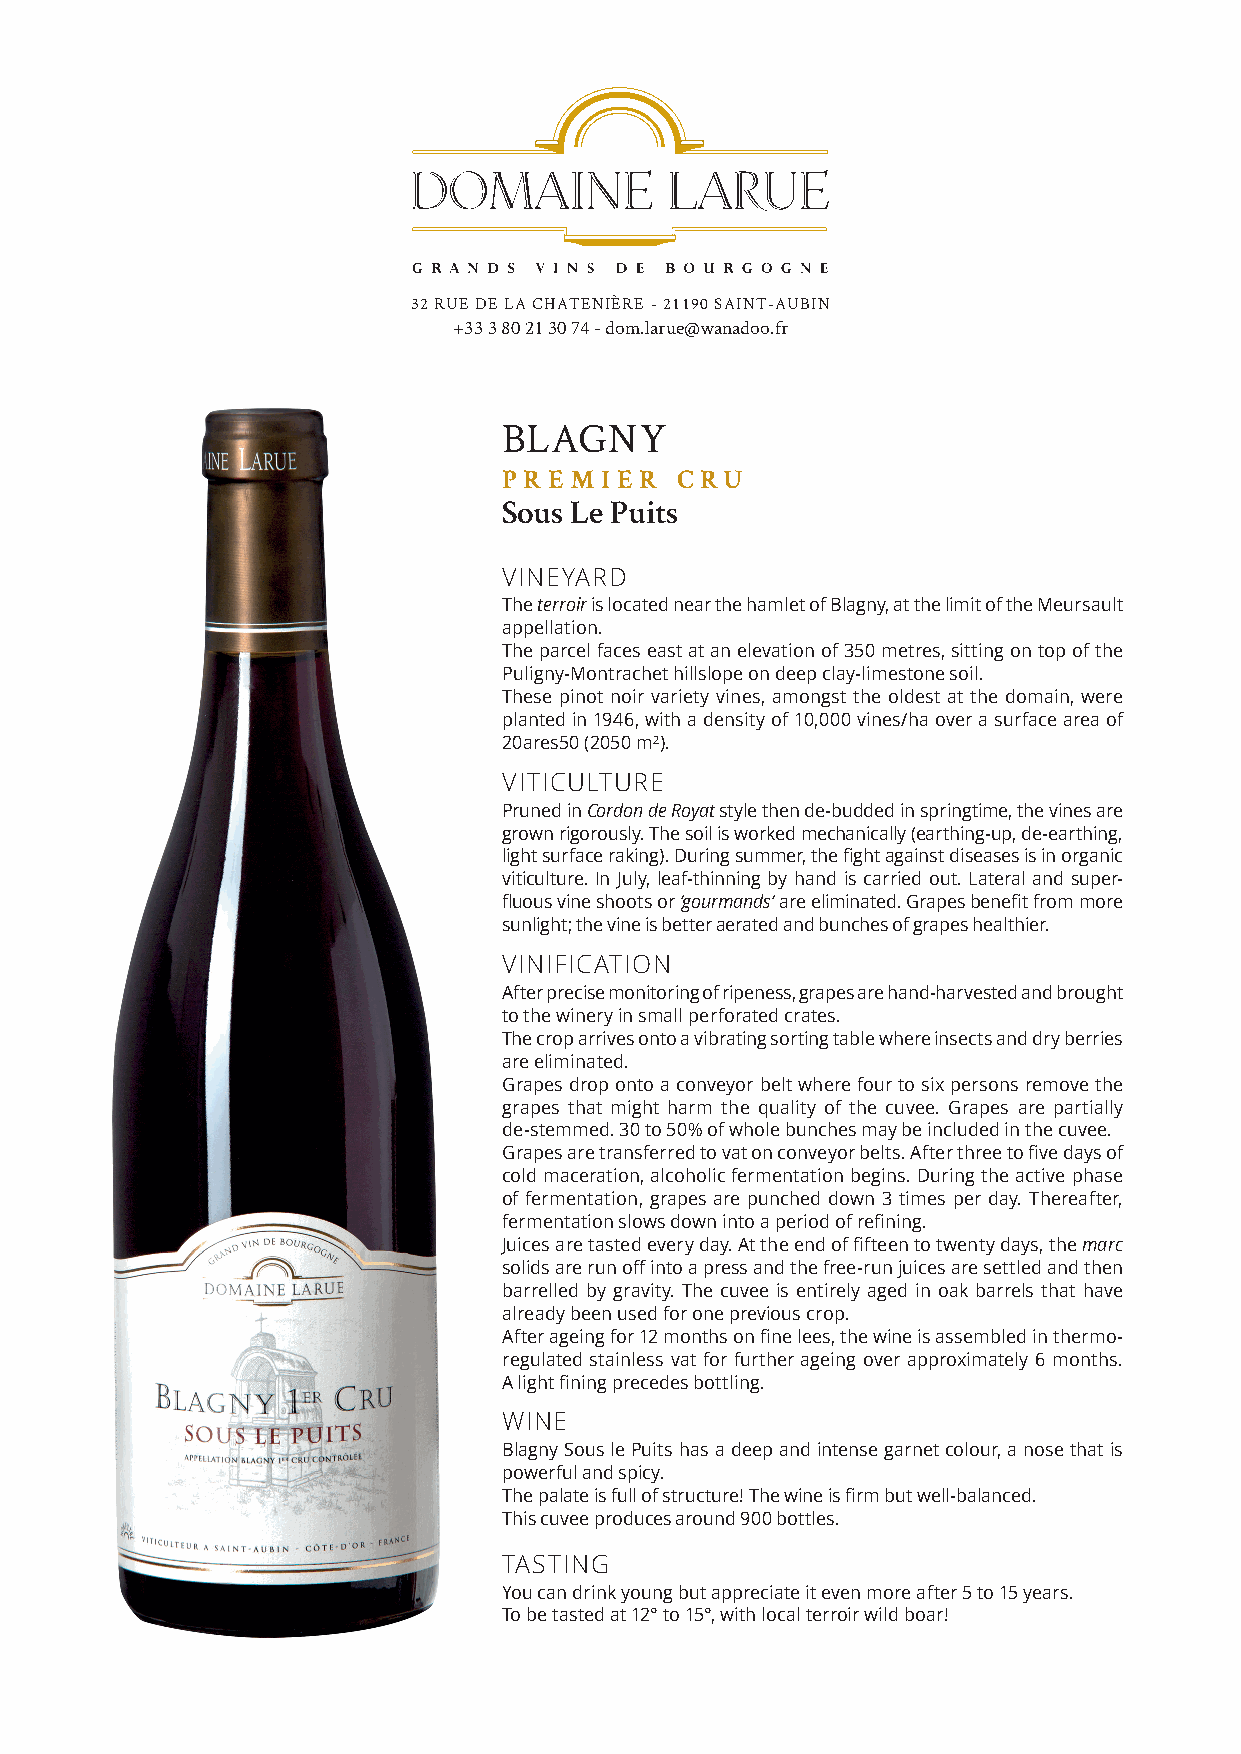
32 RUE DE LA CHATENIÈRE - 21190 SAINT-AUBIN
 +33 3 80 21 30 74 - dom.larue@wanadoo.fr
 BLAGNY
 PR EM  I ER C RU
 Sous Le Puits
 VINEYARD
 The terroir is located near the hamlet of Blagny, at the limit of the Meursault
 appellation.
 The parcel faces east at an elevation of 350 metres, sitting on top of the
 Puligny-Montrachet hillslope on deep clay-limestone soil.
 These pinot noir variety vines, amongst the oldest at the domain, were
 planted in 1946, with a density of 10,000 vines/ha over a surface area of
 20ares50 (2050 m²).
 VITICULTURE
 Pruned in Cordon de Royat style then de-budded in springtime, the vines are
 grown rigorously. The soil is worked mechanically (earthing-up, de-earthing,
 light surface raking). During summer, the fight against diseases is in organic
 viticulture. In July, leaf-thinning by hand is carried out. Lateral and super-
 fluous vine shoots or ‘gourmands’ are eliminated. Grapes benefit from more
 sunlight; the vine is better aerated and bunches of grapes healthier.
 VINIFICATION
 After precise monitoring of ripeness, grapes are hand-harvested and brought
 to the winery in small perforated crates.
 The crop arrives onto a vibrating sorting table where insects and dry berries
 are eliminated.
 Grapes drop onto a conveyor belt where four to six persons remove the
 grapes that might harm the quality of the cuvee. Grapes are partially
 de-stemmed. 30 to 50% of whole bunches may be included in the cuvee.
 Grapes are transferred to vat on conveyor belts. After three to five days of
 cold maceration, alcoholic fermentation begins. During the active phase
 of fermentation, grapes are punched down 3 times per day. Thereafter,
 fermentation slows down into a period of refining.
 Juices are tasted every day. At the end of fifteen to twenty days, the marc
 solids are run off into a press and the free-run juices are settled and then
 barrelled by gravity. The cuvee is entirely aged in oak barrels that have
 already been used for one previous crop.
 After ageing for 12 months on fine lees, the wine is assembled in thermo-
 regulated stainless vat for further ageing over approximately 6 months.
 A light fining precedes bottling.
 WINE
 Blagny Sous le Puits has a deep and intense garnet colour, a nose that is
 powerful and spicy.
 The palate is full of structure! The wine is firm but well-balanced.
 This cuvee produces around 900 bottles.
 TASTING
 You can drink young but appreciate it even more after 5 to 15 years.
 To be tasted at 12° to 15°, with local terroir wild boar!